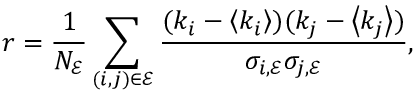
r = \frac { 1 } { N _ { \mathscr { E } } } \sum _ { ( i , j ) \in \mathscr { E } } \frac { ( k _ { i } - \left\langle k _ { i } \right\rangle ) ( k _ { j } - \left\langle k _ { j } \right\rangle ) } { \sigma _ { i , \mathscr { E } } \sigma _ { j , \mathscr { E } } } ,